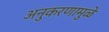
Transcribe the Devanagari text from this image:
अनुकरणामुळे